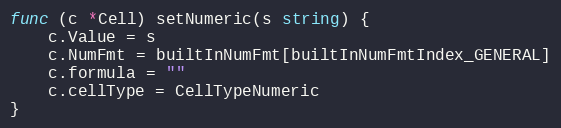
Language: Go
func (c *Cell) setNumeric(s string) {
	c.Value = s
	c.NumFmt = builtInNumFmt[builtInNumFmtIndex_GENERAL]
	c.formula = ""
	c.cellType = CellTypeNumeric
}